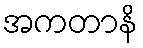
အကတာနိ